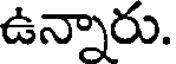
ఉన్నారు.